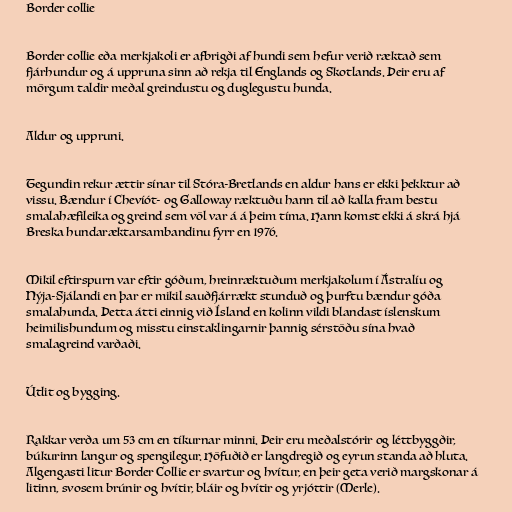
Border collie

Border collie eða merkjakoli er afbrigði af hundi sem hefur verið ræktað sem
fjárhundur og á uppruna sinn að rekja til Englands og Skotlands. Þeir eru af
mörgum taldir meðal greindustu og duglegustu hunda.

Aldur og uppruni.

Tegundin rekur ættir sínar til Stóra-Bretlands en aldur hans er ekki þekktur að
vissu. Bændur í Chevíót- og Galloway ræktuðu hann til að kalla fram bestu
smalahæfileika og greind sem völ var á á þeim tíma. Hann komst ekki á skrá hjá
Breska hundaræktarsambandinu fyrr en 1976.

Mikil eftirspurn var eftir góðum, hreinræktuðum merkjakolum í Ástralíu og
Nýja-Sjálandi en þar er mikil sauðfjárrækt stunduð og þurftu bændur góða
smalahunda. Þetta átti einnig við Ísland en kolinn vildi blandast íslenskum
heimilishundum og misstu einstaklingarnir þannig sérstöðu sína hvað
smalagreind varðaði.

Útlit og bygging.

Rakkar verða um 53 cm en tíkurnar minni. Þeir eru meðalstórir og léttbyggðir,
búkurinn langur og spengilegur. Höfuðið er langdregið og eyrun standa að hluta.
Algengasti litur Border Collie er svartur og hvítur, en þeir geta verið margskonar á
litinn, svosem brúnir og hvítir, bláir og hvítir og yrjóttir (Merle).